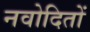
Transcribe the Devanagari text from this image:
नवोदितों